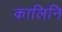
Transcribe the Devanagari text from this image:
कालिनि